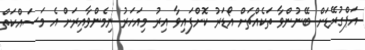
އަޕްގުރޭޑަށް ބޭނުންވާ ތަކެއްޗަށް އޯޑަރު ކޮށްފައިވާ އިރު މިއަހަރު ނިމެންވާއިރަށް އެ މަސައްކަތް